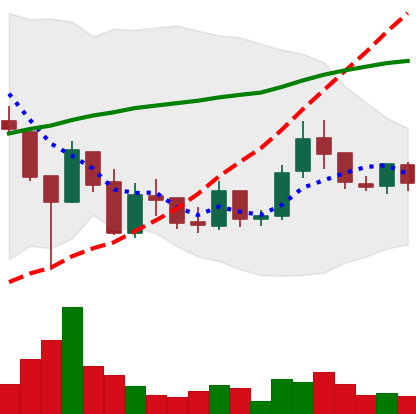
Ticker: LINK-USD
Chart end date: 2019-02-14
Forward return: 6.952%
Label: up_5_7